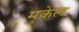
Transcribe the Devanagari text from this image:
मुकेल